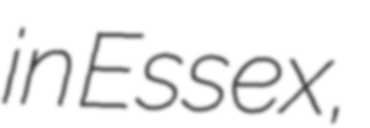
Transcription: in Essex,